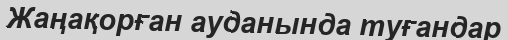
Жаңақорған ауданында туғандар